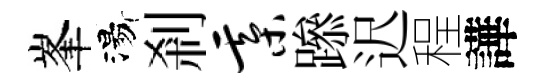
峯湯剎綦𨅶迟程譁